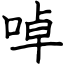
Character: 啅